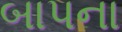
બાપના